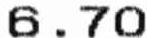
6.70